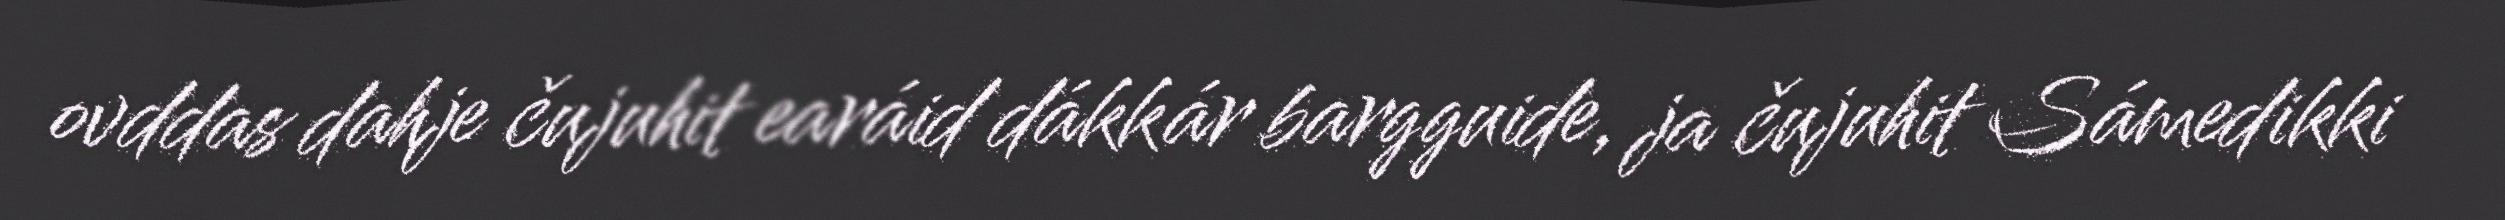
ovddas dahje čujuhit earáid dákkár bargguide, ja čujuhit Sámedikki